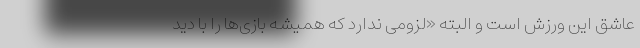
عاشق این ورزش است و البته «لزومی ندارد که همیشه بازی‌ها را با دید